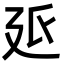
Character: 𭚓